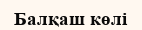
Балқаш көлі